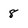
Character: 8